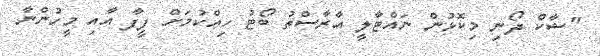
"ޝާކް ދޯނި މިކޮޅުން ނައްޓާލީ އާރާސްތު ބޯޓު ހިއްކުމަށް ފީފާ އާއި މީހުންނާ